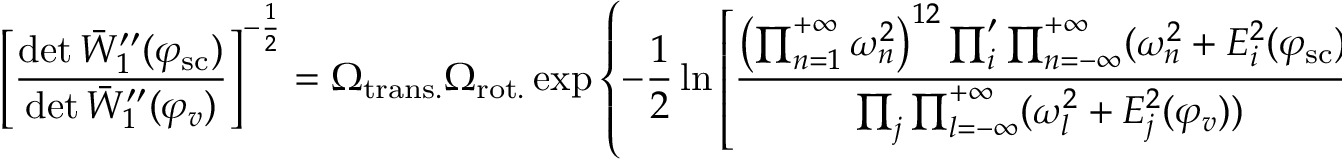
\left[ \frac { \operatorname * { d e t } \bar { W } _ { 1 } ^ { \prime \prime } ( \varphi _ { \mathrm { s c } } ) } { \operatorname * { d e t } \bar { W } _ { 1 } ^ { \prime \prime } ( \varphi _ { v } ) } \right] ^ { - \frac { 1 } { 2 } } = \Omega _ { \mathrm { t r a n s . } } \Omega _ { \mathrm { r o t . } } \exp \left\{ - \frac { 1 } { 2 } \ln \left[ \frac { \left( \prod _ { n = 1 } ^ { + \infty } \omega _ { n } ^ { 2 } \right) ^ { 1 2 } \prod _ { i } ^ { \prime } \prod _ { n = - \infty } ^ { + \infty } ( \omega _ { n } ^ { 2 } + E _ { i } ^ { 2 } ( \varphi _ { \mathrm { s c } } ) ) } { \prod _ { j } \prod _ { l = - \infty } ^ { + \infty } ( \omega _ { l } ^ { 2 } + E _ { j } ^ { 2 } ( \varphi _ { v } ) ) } \right] \right\} \: ,